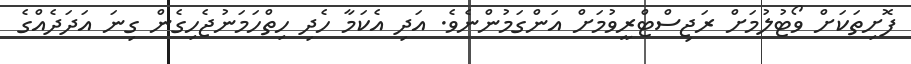
ފޮށިތަކަށް ވޯޓުލުމަށް ރަޖިސްޓްރީވުމަށް އަންގަމުންނެވެ. އަދި އެކަމާ ހެދި ހިތްހަމަނުޖެހިގެން ގިނަ އަދަދެއްގެ